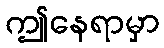
ဤနေရာမှာ